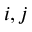
i , j